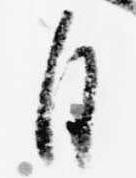
自